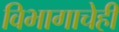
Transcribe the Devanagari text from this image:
विभागाचेही